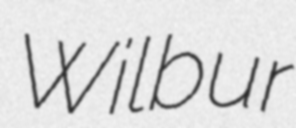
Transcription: Wilbur